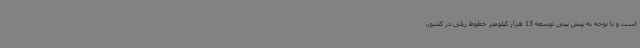
است و با توجه به پیش بینی توسعه 13 هزار کیلومتر خطوط ریلی در کشور،